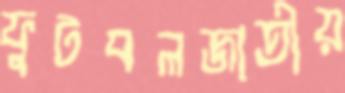
ফুটবলজাতীয়